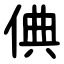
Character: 倎